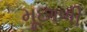
મૂછાળી